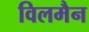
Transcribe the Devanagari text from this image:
विलमैन